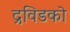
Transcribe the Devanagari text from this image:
द्रविडको